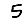
Digit: 5